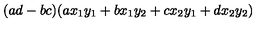
( a d - b c ) ( a x _ { 1 } y _ { 1 } + b x _ { 1 } y _ { 2 } + c x _ { 2 } y _ { 1 } + d x _ { 2 } y _ { 2 } )